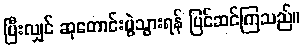
ပြီးလျှင် ဆုတောင်းပွဲသွားရန် ပြင်ဆင်ကြသည်။